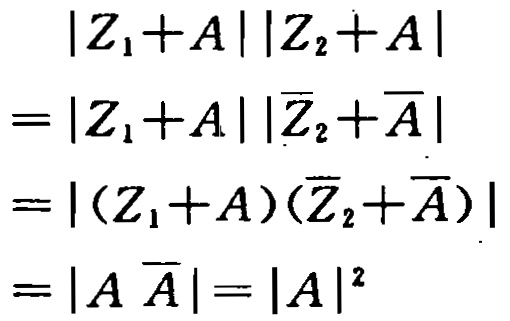
\[
\begin{align*}
|Z_1 + A||Z_2 + A|&\\
=|Z_1 + A||\overline{Z_2}+\overline{A}|&\\
=|(Z_1 + A)(\overline{Z_2}+\overline{A})|&\\
=|A\overline{A}| = |A|^2&
\end{align*}
\]